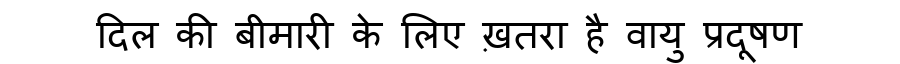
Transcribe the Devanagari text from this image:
दिल की बीमारी के लिए ख़तरा है वायु प्रदूषण